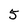
Character: 5